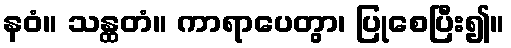
နဝံ။ သန္ထတံ။ ကာရာပေတွာ၊ ပြုစေပြီး၍။